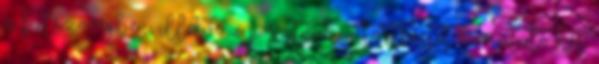
a fülszövegben, illetve a posztnak a történetet bemutató két